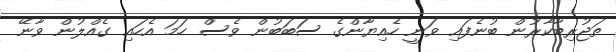
ތަޖުރިބާކާރުން ބުނެފައި ވަނީ ހެއިޔާންގެ ސަބަބުން ވެސް ހަމަ އެހައި ގެއްލުން ވާނޭ